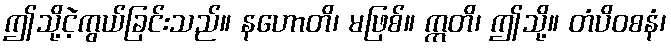
ဤသို့ငဲ့ကွယ်ခြင်းသည်။ နဟောတိ၊ မဖြစ်။ ဣတိ၊ ဤသို့။ တံပိဝစနံ၊